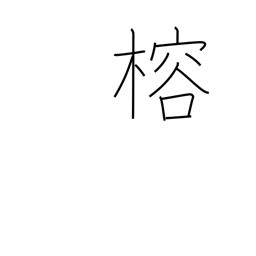
Meaning: evergreen mulberry